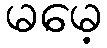
မမေ့